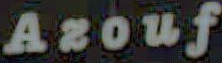
Azouf